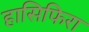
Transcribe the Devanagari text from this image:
हासिफिरा